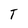
Character: T